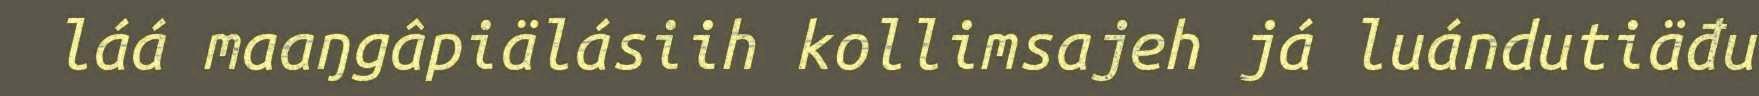
láá maaŋgâpiälásiih kollimsajeh já luándutiäđu